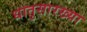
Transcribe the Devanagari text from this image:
धातुसारख्या